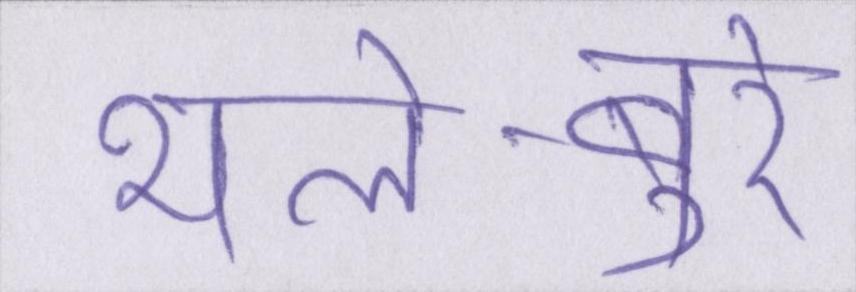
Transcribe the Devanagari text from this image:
भले-बुरे